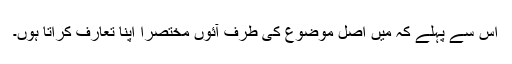
اس سے پہلے کہ میں اصل موضوع کی طرف آئوں مختصراً اپنا تعارف کراتا ہوں۔